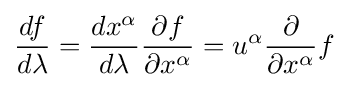
{\frac {df}{d\lambda }}={\frac {dx^{\alpha }}{d\lambda }}{\frac {\partial f}{\partial x^{\alpha }}}=u^{\alpha }{\frac {\partial }{\partial x^{\alpha }}}f